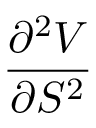
\frac { \partial ^ { 2 } V } { \partial S ^ { 2 } }